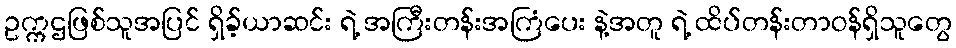
ဥက္ကဌဖြစ်သူအပြင် ရှိခ့်ယာဆင်း ရဲ့ အကြီးတန်းအကြံပေး နဲ့အတူ ရဲ့ ထိပ်တန်းတာဝန်ရှိသူတွေ